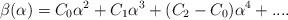
LaTeX: \begin{align*}\beta(\alpha) = C_0 \alpha^2 + C_1 \alpha^3 + (C_2 - C_0) \alpha^4 + ....\end{align*}